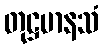
တုဋ္ဌမာနသံ